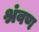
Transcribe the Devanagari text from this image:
श्रंवण